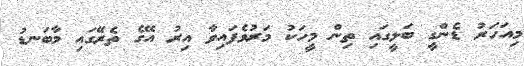
މިއަހަރު ޑެންގީ ބަލީގައި ތިން މީހަކު މަރުވެފައިވާ އިރު އޭގެ ތެރޭގައި މާބަނޑު